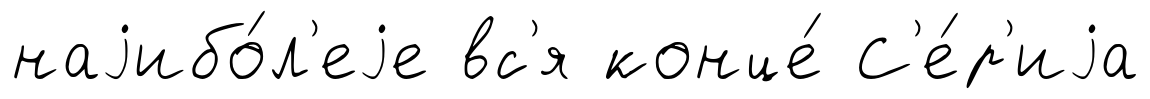
наjибо́л'еjе вс'я конце́ С'е́р'иjа